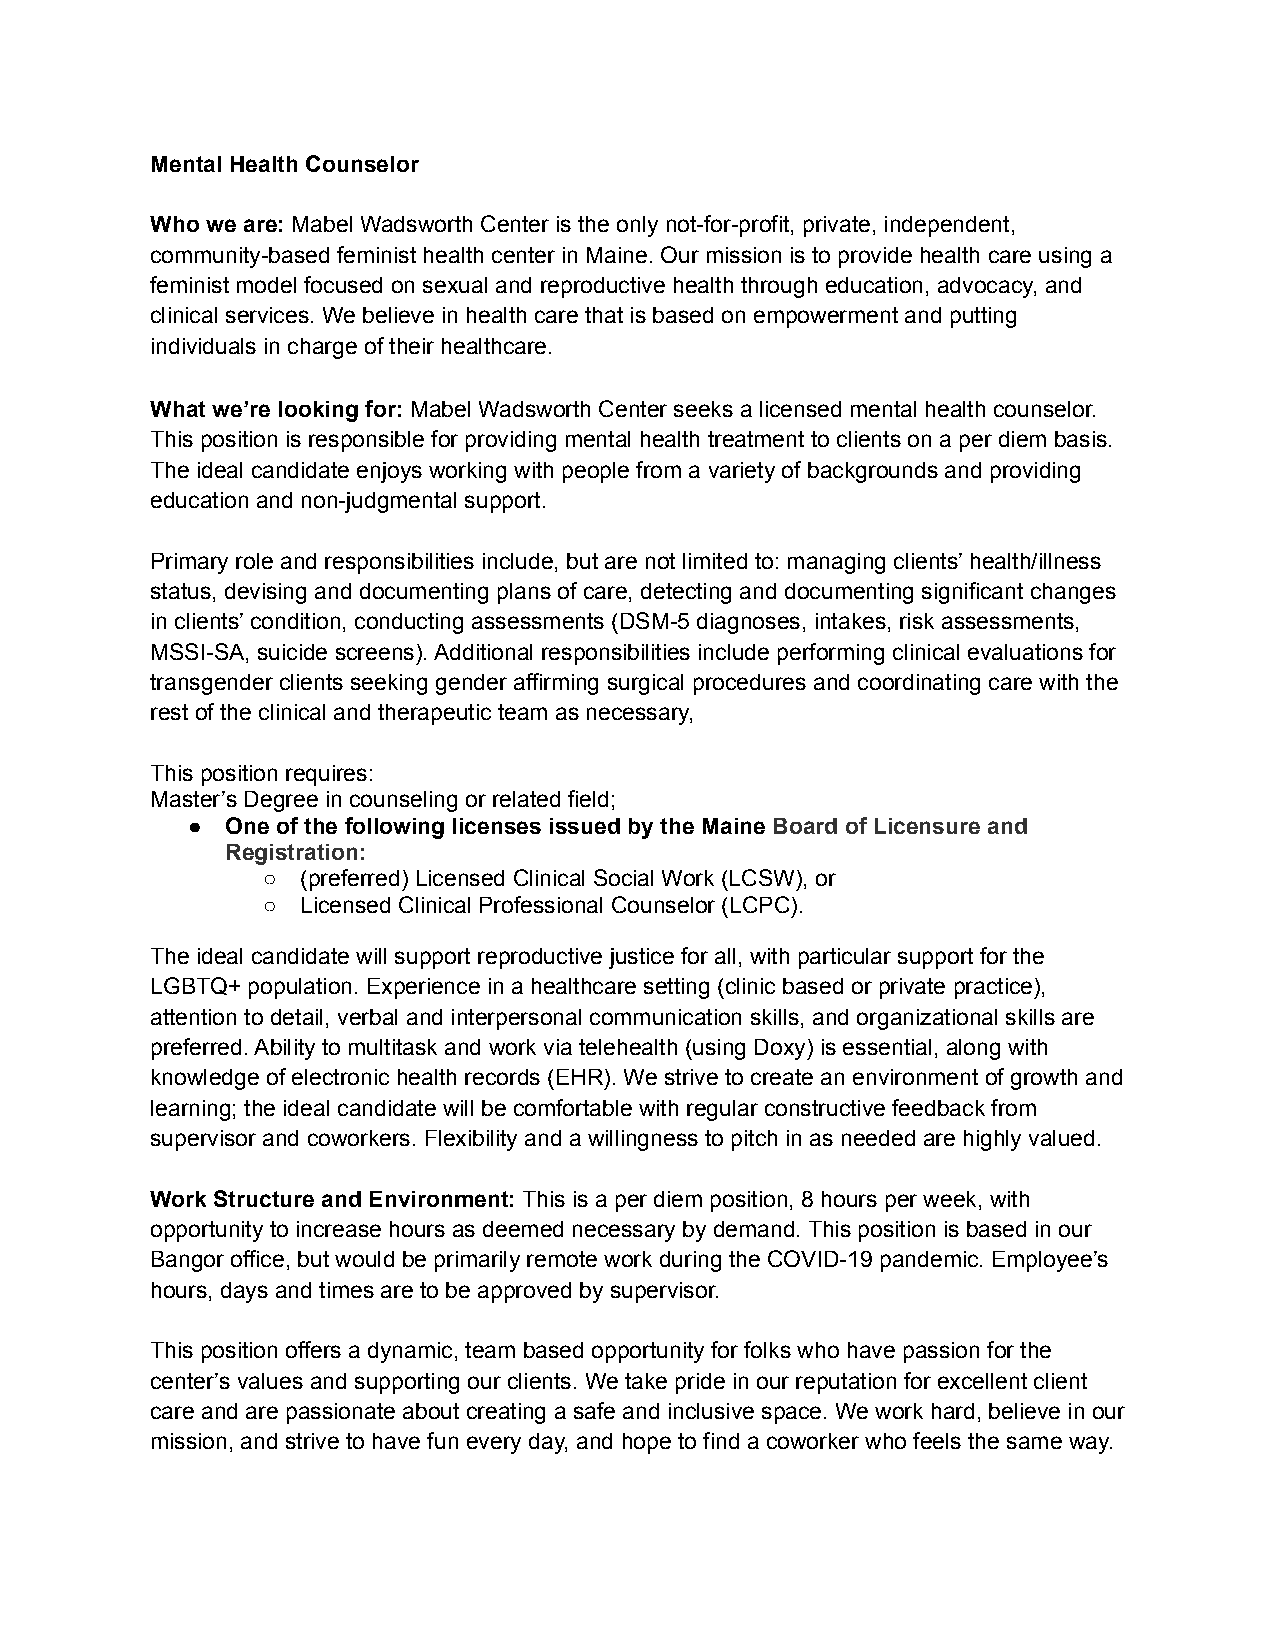
Mental Health Counselor
 Who we are: Mabel Wadsworth Center is the only not-for-profit, private, independent,
 community-based feminist health center in Maine. Our mission is to provide health care using a
 feminist model focused on sexual and reproductive health through education, advocacy, and
 clinical services. We believe in health care that is based on empowerment and putting
 individuals in charge of their healthcare.
 What we’re looking for: Mabel Wadsworth Center seeks a licensed mental health counselor.
 This position is responsible for providing mental health treatment to clients on a per diem basis.
 The ideal candidate enjoys working with people from a variety of backgrounds and providing
 education and non-judgmental support.
 Primary role and responsibilities include, but are not limited to: managing clients’ health/illness
 status, devising and documenting plans of care, detecting and documenting significant changes
 in clients’ condition, conducting assessments (DSM-5 diagnoses, intakes, risk assessments,
 MSSI-SA, suicide screens). Additional responsibilities include performing clinical evaluations for
 transgender clients seeking gender affirming surgical procedures and coordinating care with the
 rest of the clinical and therapeutic team as necessary,
 This position requires:
 Master’s Degree in counseling or related field;
 ●  One of the following licenses issued by the Maine Board of Licensure and
 Registration:
 ○  (preferred) Licensed Clinical Social Work (LCSW), or
 ○  Licensed Clinical Professional Counselor (LCPC).
 The ideal candidate will support reproductive justice for all, with particular support for the
 LGBTQ+ population. Experience in a healthcare setting (clinic based or private practice),
 attention to detail, verbal and interpersonal communication skills, and organizational skills are
 preferred. Ability to multitask and work via telehealth (using Doxy) is essential, along with
 knowledge of electronic health records (EHR). We strive to create an environment of growth and
 learning; the ideal candidate will be comfortable with regular constructive feedback from
 supervisor and coworkers. Flexibility and a willingness to pitch in as needed are highly valued.
 Work Structure and Environment: This is a per diem position, 8 hours per week, with
 opportunity to increase hours as deemed necessary by demand. This position is based in our
 Bangor office, but would be primarily remote work during the COVID-19 pandemic. Employee’s
 hours, days and times are to be approved by supervisor.
 This position offers a dynamic, team based opportunity for folks who have passion for the
 center’s values and supporting our clients. We take pride in our reputation for excellent client
 care and are passionate about creating a safe and inclusive space. We work hard, believe in our
 mission, and strive to have fun every day, and hope to find a coworker who feels the same way.